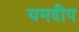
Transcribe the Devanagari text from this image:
यमदीप